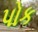
પોક